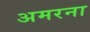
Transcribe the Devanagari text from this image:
अमरना